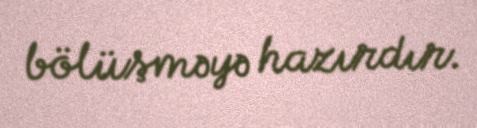
bölüşməyə hazırdır.